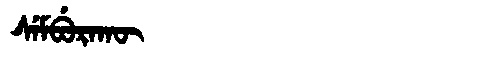
Manchu: ᠰᡝᠮᠪᡠᡵᠠᡴᡡ
Romanization: SEMBURAKŪ